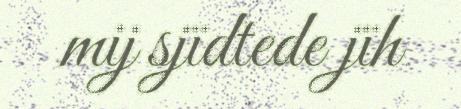
mij sjïdtede jïh